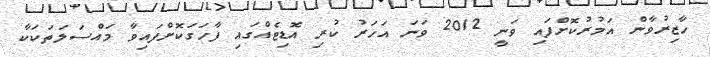
ހާޒިރުވާން އަމުރުކޮށްފައި ވަނީ 2012 ވަނަ އަހަރު ކުރި އޮޑިޓެއްގައި ފާހަގަކޮށްފައިވާ މައްސަލަތަކަކާ